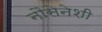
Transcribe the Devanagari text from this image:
नौसेनेशी